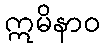
ဣမိနာဝ